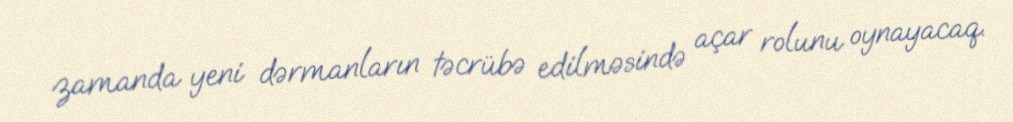
zamanda yeni dərmanların təcrübə edilməsində açar rolunu oynayacaq.